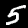
Digit: 5